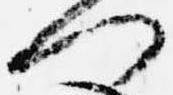
門